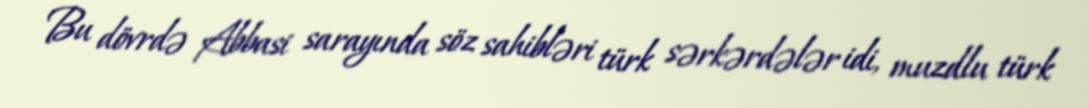
Bu dövrdə Abbasi sarayında söz sahibləri türk sərkərdələr idi, muzdlu türk